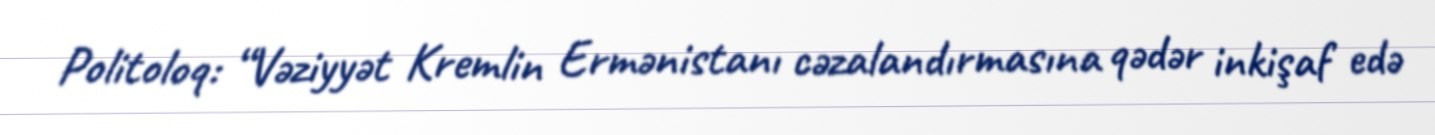
Politoloq: “Vəziyyət Kremlin Ermənistanı cəzalandırmasına qədər inkişaf edə